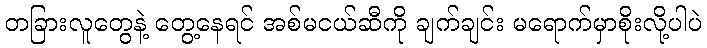
တခြားလူတွေနဲ့ တွေ့နေရင် အစ်မငယ်ဆီကို ချက်ချင်း မရောက်မှာစိုးလို့ပါပဲ